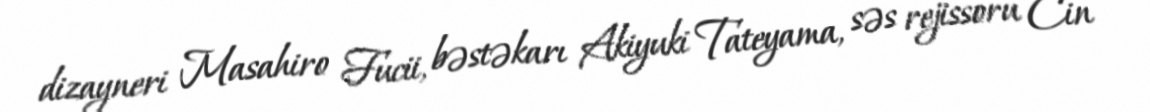
dizayneri Masahiro Fucii, bəstəkarı Akiyuki Tateyama, səs rejissoru Cin